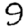
Digit: 9